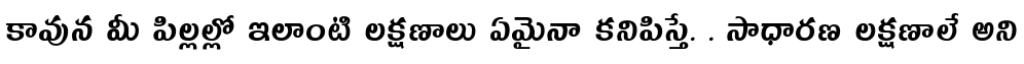
కావున మీ పిల్లల్లో ఇలాంటి లక్షణాలు ఏమైనా కనిపిస్తే. . సాధారణ లక్షణాలే అని